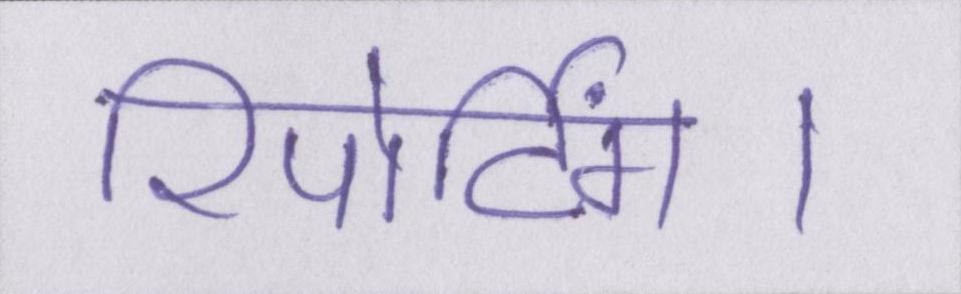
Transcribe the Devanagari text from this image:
रिपोर्टिंग।